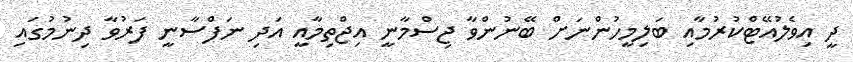
ދީ އިވެލުއޭޓްކުރުމާއި ބަލިމީހުންނަށް ބޭނުންވާ ޖިސްމާނީ އިޖްތިމާއީ އަދި ނަފްސާނީ ފަރުވާ ދިނުމުގައި